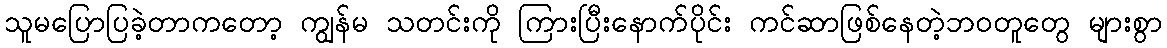
သူမပြောပြခဲ့တာကတော့ ကျွန်မ သတင်းကို ကြားပြီးနောက်ပိုင်း ကင်ဆာဖြစ်နေတဲ့ဘဝတူတွေ များစွာ